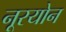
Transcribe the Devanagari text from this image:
नूरयोन